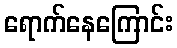
ရောက်နေကြောင်း